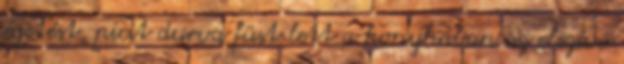
égetést, picit durva füst lett a konyhában az elszívó